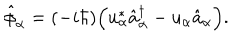
\hat { \phi } _ { \alpha } = ( - i \hbar ) \Bigl ( u _ { \alpha } ^ { * } \hat { a } _ { \alpha } ^ { \dagger } - u _ { \alpha } \hat { a } _ { \alpha } \Bigr ) .